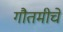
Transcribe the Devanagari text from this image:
गौतमीचे